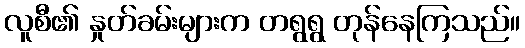
လူစီ၏ နှုတ်ခမ်းများက တရွရွ တုန်နေကြသည်။